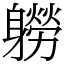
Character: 軂